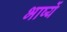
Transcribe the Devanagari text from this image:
भाष्यें